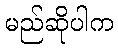
မည်ဆိုပါက